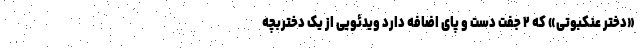
«دختر عنکبوتی» که ۲ جفت دست و پای اضافه دارد ویدئویی از یک دختربچه